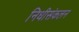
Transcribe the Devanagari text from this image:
निधीसंकलन